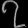
Digit: ၇